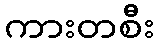
ကားတစီး